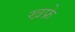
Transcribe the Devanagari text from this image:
खफ्रे